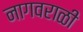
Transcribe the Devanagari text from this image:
नागवराळी